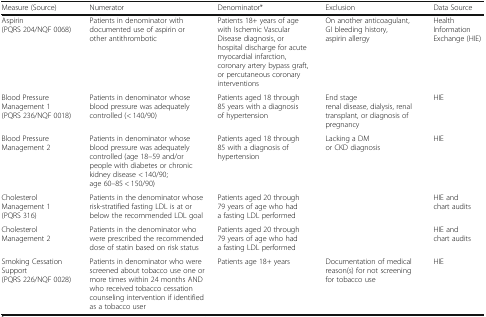
<table><thead><tr><td><b>Measure (Source)</b></td><td><b>Numerator</b></td><td><b>Denominator*</b></td><td><b>Exclusion</b></td><td><b>Data Source</b></td></tr></thead><tbody><tr><td>Aspirin (PQRS 204/NQF 0068)</td><td>Patients in denominator with documented use of aspirin or other antithrombotic</td><td>Patients 18+ years of age with Ischemic Vascular Disease diagnosis, or hospital discharge for acute myocardial infarction, coronary artery bypass graft, or percutaneous coronary interventions</td><td>On another anticoagulant, GI bleeding history, aspirin allergy</td><td>Health Information Exchange (HIE)</td></tr><tr><td>Blood Pressure Management 1 (PQRS 236/NQF 0018)</td><td>Patients in denominator whose blood pressure was adequately controlled (&lt; 140/90)</td><td>Patients aged 18 through 85 years with a diagnosis of hypertension</td><td>End stage renal disease, dialysis, renal transplant, or diagnosis of pregnancy</td><td>HIE</td></tr><tr><td>Blood Pressure Management 2</td><td>Patients in denominator whose blood pressure was adequately controlled (age 18–59 and/or people with diabetes or chronic kidney disease &lt; 140/90; age 60–85 &lt; 150/90)</td><td>Patients aged 18 through 85 with a diagnosis of hypertension</td><td>Lacking a DM or CKD diagnosis</td><td>HIE</td></tr><tr><td>Cholesterol Management 1 (PQRS 316)</td><td>Patients in the denominator whose risk-stratified fasting LDL is at or below the recommended LDL goal</td><td>Patients aged 20 through 79 years of age who had a fasting LDL performed</td><td></td><td>HIE and chart audits</td></tr><tr><td>Cholesterol Management 2</td><td>Patients in the denominator who were prescribed the recommended dose of statin based on risk status</td><td>Patients aged 20 through 79 years of age who had a fasting LDL performed</td><td></td><td>HIE and chart audits</td></tr><tr><td>Smoking Cessation Support (PQRS 226/NQF 0028)</td><td>Patients in denominator who were screened about tobacco use one or more times within 24 months AND who received tobacco cessation counseling intervention if identified as a tobacco user</td><td>Patients age 18+ years</td><td>Documentation of medical reason(s) for not screening for tobacco use</td><td>HIE</td></tr></tbody></table>